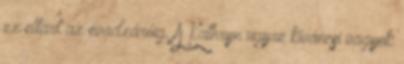
ez eltart az évadzáróig. A Kathryn ügyre kíváncsi vagyok